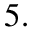
5 .